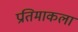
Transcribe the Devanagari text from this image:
प्रतिमाकला